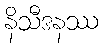
နိသီဒနဿ